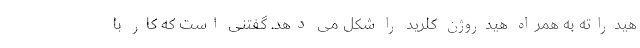
هیدراته به همراه هیدروژن کلرید را شکل می دهد. گفتنی است که کار با